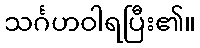
သင်္ဂဟဝါရပြီး၏။